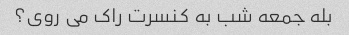
بله جمعه شب به کنسرت راک می روی؟